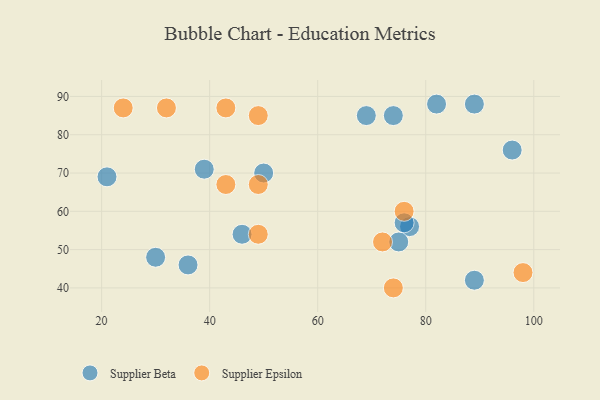
{"axis": {"x": "GDP", "y": "Life Expectancy"}, "legend": ["Supplier Beta", "Supplier Epsilon"], "data": [{"x": "77", "y": 56, "type": "Supplier Beta"}, {"x": "89", "y": 42, "type": "Supplier Beta"}, {"x": "89", "y": 88, "type": "Supplier Beta"}, {"x": "76", "y": 57, "type": "Supplier Beta"}, {"x": "75", "y": 52, "type": "Supplier Beta"}, {"x": "30", "y": 48, "type": "Supplier Beta"}, {"x": "50", "y": 70, "type": "Supplier Beta"}, {"x": "39", "y": 71, "type": "Supplier Beta"}, {"x": "69", "y": 85, "type": "Supplier Beta"}, {"x": "21", "y": 69, "type": "Supplier Beta"}, {"x": "46", "y": 54, "type": "Supplier Beta"}, {"x": "96", "y": 76, "type": "Supplier Beta"}, {"x": "74", "y": 85, "type": "Supplier Beta"}, {"x": "82", "y": 88, "type": "Supplier Beta"}, {"x": "36", "y": 46, "type": "Supplier Beta"}, {"x": "98", "y": 44, "type": "Supplier Epsilon"}, {"x": "74", "y": 40, "type": "Supplier Epsilon"}, {"x": "49", "y": 85, "type": "Supplier Epsilon"}, {"x": "24", "y": 87, "type": "Supplier Epsilon"}, {"x": "43", "y": 87, "type": "Supplier Epsilon"}, {"x": "49", "y": 54, "type": "Supplier Epsilon"}, {"x": "43", "y": 67, "type": "Supplier Epsilon"}, {"x": "32", "y": 87, "type": "Supplier Epsilon"}, {"x": "49", "y": 67, "type": "Supplier Epsilon"}, {"x": "72", "y": 52, "type": "Supplier Epsilon"}, {"x": "76", "y": 60, "type": "Supplier Epsilon"}]}